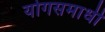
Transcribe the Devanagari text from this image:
योगसमाधी